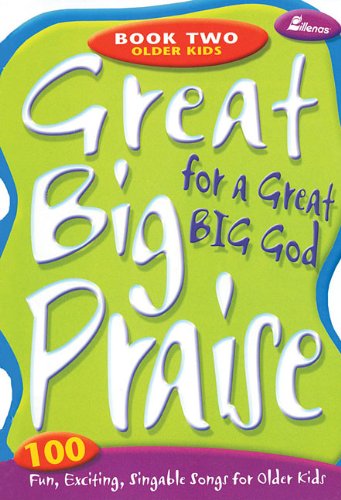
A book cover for Great Big Praise for a Great Big God - Book Two: Older Kids: 100 Fun, Exciting, Singable Songs for Older Kids; Tom Fettke; Teen & Young Adult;